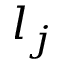
l _ { j }